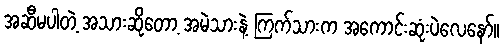
အဆီမပါတဲ့ အသားဆိုတော့ အမဲသားနဲ့ ကြက်သားက အကောင်းဆုံးပဲလေနော်။